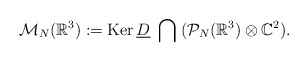
\begin{align*} \mathcal{M}_{N}(\mathbb{R}^3):=\mathrm{Ker}\,\underline{D}\;\bigcap\;(\mathcal{P}_{N}(\mathbb{R}^3)\otimes \mathbb{C}^2).\end{align*}